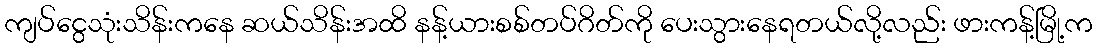
ကျပ်ငွေသုံးသိန်းကနေ ဆယ်သိန်းအထိ နန့်ယားစစ်တပ်ဂိတ်ကို ပေးသွားနေရတယ်လို့လည်း ဖားကန့်မြို့က